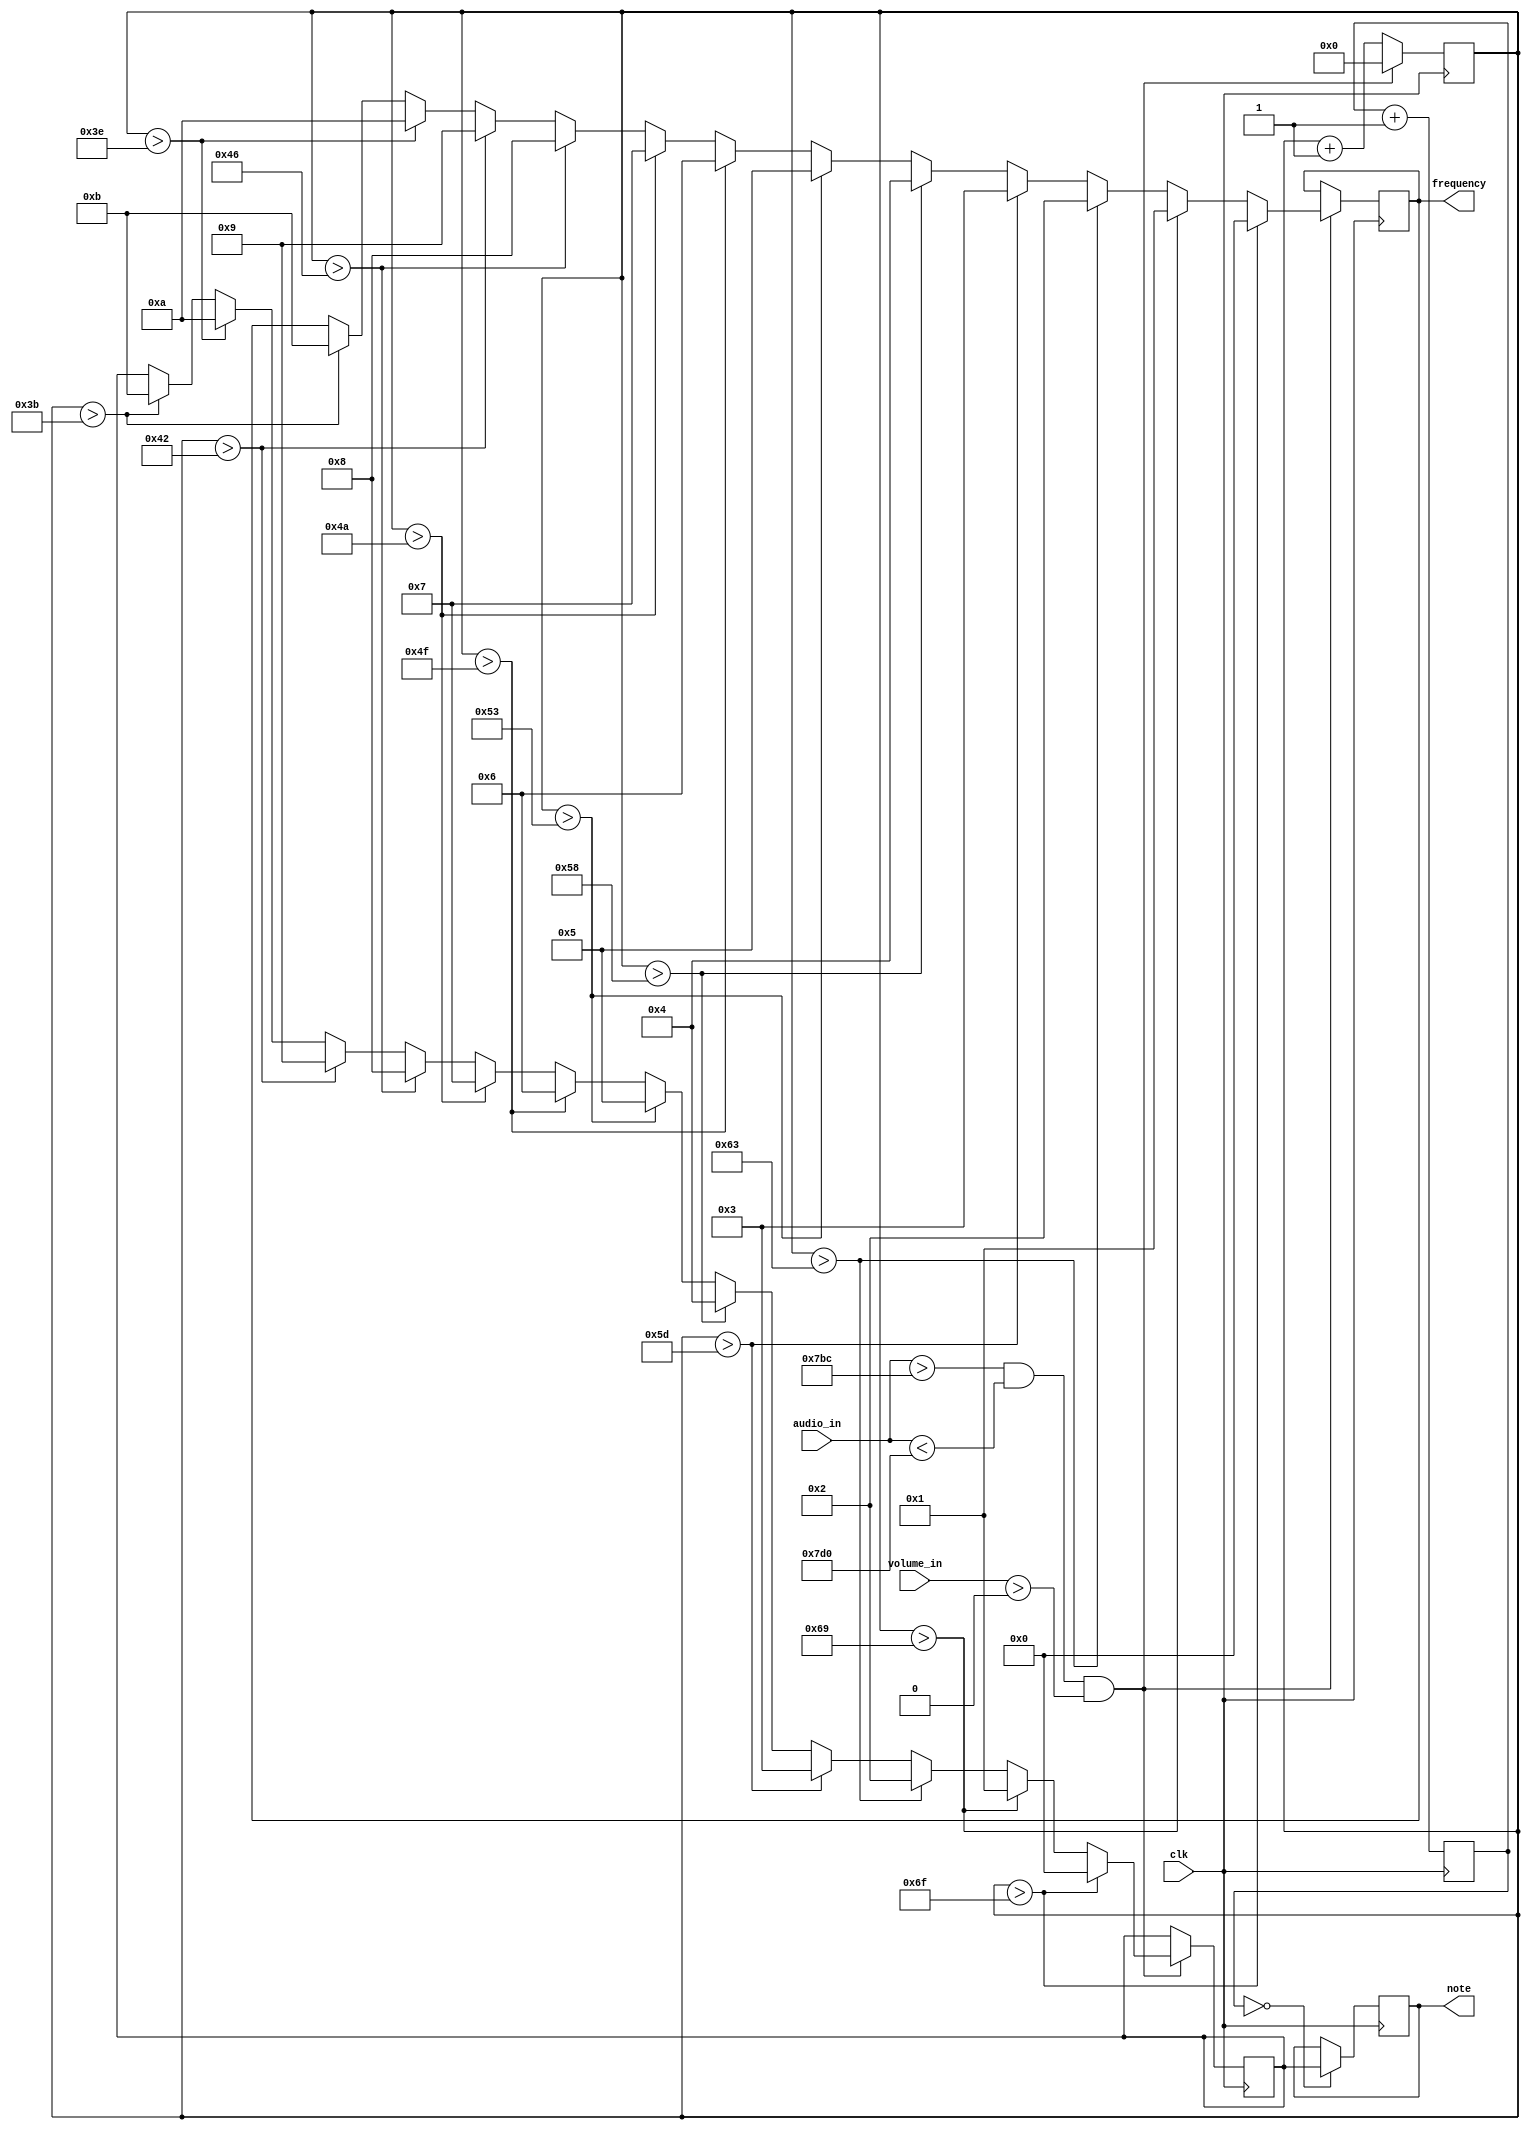
`timescale 1ns / 1ps

module frequency_calculator(
    input [11:0] audio_in,
    input [3:0] volume_in,
    input clk,
    output reg [3:0] frequency,
    output reg [3:0] note // note represents musical note, where A is 0, Bb is 1, B is 2, C is 3 etc. etc. 
    );
    
    reg [15:0] counter = 0;
    reg [13:0] counter2 = 0;
    reg [3:0] note_temp;
    
    
    always @(posedge clk) begin
        if(counter2 == 0) begin
            note = note_temp;
        end
        counter2 = counter2 + 1;
        if(audio_in > 12'd1980 && audio_in < 12'd2000 && volume_in > 0) begin
            if(counter > 16'd111) begin
                frequency = 0;
                note_temp = 0;            
            end
            else if(counter > 16'd105) begin
                frequency = 1;
                note_temp = 1;                        
            end
            else if(counter > 16'd99) begin
                frequency = 2;
                note_temp = 2;                        
            end
            else if(counter > 16'd93) begin
                frequency = 3;
                note_temp = 3;           
            end  
            else if(counter > 16'd88) begin
                frequency = 4; 
                note_temp = 4;                      
            end
            else if(counter > 16'd83) begin
                frequency = 5;
                note_temp = 5;            
            end
            else if(counter > 16'd79) begin
                frequency = 6; 
                note_temp = 6;                       
            end
            else if(counter > 16'd74) begin
                frequency = 7;
                note_temp = 7;                       
            end
            else if(counter > 16'd70) begin
                frequency = 8; 
                note_temp = 8;           
            end
            else if(counter > 16'd66) begin
                frequency = 9;
                note_temp = 9;                        
            end
            else if(counter > 16'd62) begin
                frequency = 10;
                note_temp = 10;                       
            end
            else if(counter > 16'd59) begin
                frequency = 11; 
                note_temp = 11;           
            end                    
            counter = 0;
        end
        else begin
            counter = counter + 1; // counter increments every 40.96 microseconds
        end
    end
    
endmodule